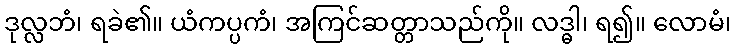
ဒုလ္လဘံ၊ ရခဲ၏။ ယံကပ္ပကံ၊ အကြင်ဆတ္တာသည်ကို။ လဒ္ဓါ၊ ရ၍။ လောမံ၊